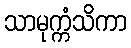
သာမုက္ကံသိကာ